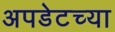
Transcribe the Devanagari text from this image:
अपडेटच्या